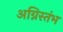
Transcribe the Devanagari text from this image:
अग्निस्तंभ